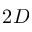
2 D